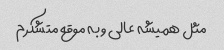
مثل همیشه عالی و به موقع متشکرم